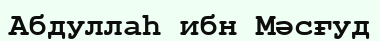
Абдуллаһ ибн Мәсғуд